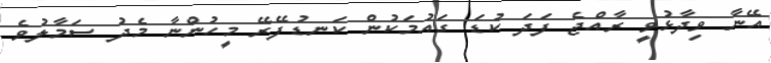
އޭނާ ވިދާޅުވީ ރާއްޖެ ފަދަ ކުޑަ ގައުމަކުން ކަނޑުފޭރޭ މީހުންނާ މެދު ސަމާލުވެ